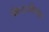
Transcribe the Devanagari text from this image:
क्रिस्टकिन्डल